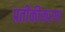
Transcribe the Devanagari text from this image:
प्रतीकीकरण